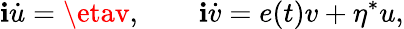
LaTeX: \mathbf{i}\dot{{u}}=\etav,\quad\quad\mathbf{i}\dot{{v}}=e(t)v+\eta^{*}u,